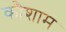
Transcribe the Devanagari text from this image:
कौशाम